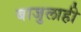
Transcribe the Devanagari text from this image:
बाजुलाही